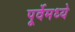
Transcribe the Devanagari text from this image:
पूर्वेमध्ये